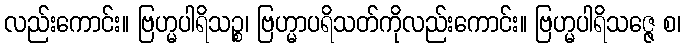
လည်းကောင်း။ ဗြဟ္မပါရိသဉ္စ၊ ဗြဟ္မာပရိသတ်ကိုလည်းကောင်း။ ဗြဟ္မပါရိသဇ္ဇေ စ၊